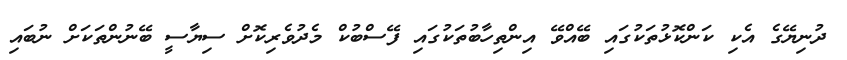
ދުނިޔޭގެ އެކި ކަންކޮޅުތަކުގައި ބޭއްވޭ އިންތިހާބުތަކުގައި ފޭސްބުކް މެދުވެރިކޮށް ސިޔާސީ ބޭނުންތަކަށް ނުބައި